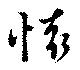
懐